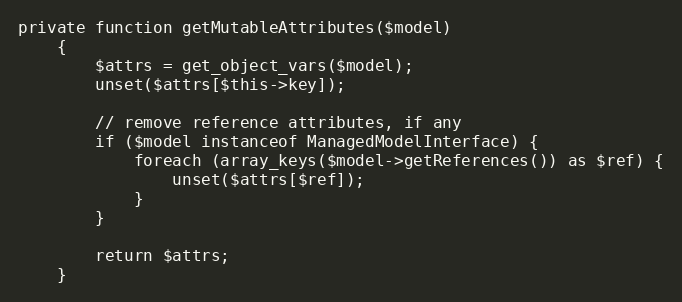
Language: PHP
private function getMutableAttributes($model)
    {
        $attrs = get_object_vars($model);
        unset($attrs[$this->key]);

        // remove reference attributes, if any
        if ($model instanceof ManagedModelInterface) {
            foreach (array_keys($model->getReferences()) as $ref) {
                unset($attrs[$ref]);
            }
        }

        return $attrs;
    }